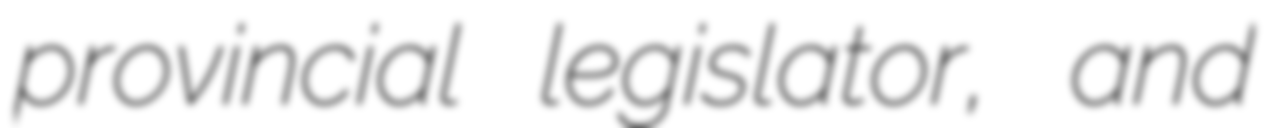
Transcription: provincial legislator, and